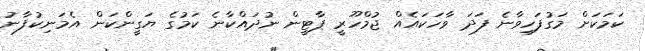
ކަމަކަށް މަގުފަހިވާނެ ފަދަ ވާހަކައެއް ޖުމްހޫރީ ޕާޓީން ނުދައްކާނެ ކަމުގެ ޔަގީންކަން އެމަނިކުފާނު